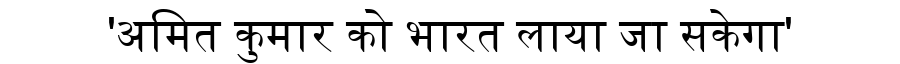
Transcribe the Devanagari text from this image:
'अमित कुमार को भारत लाया जा सकेगा'